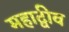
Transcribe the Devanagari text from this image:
महाद्वीव